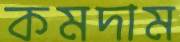
কমদাম